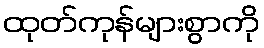
ထုတ်ကုန်များစွာကို